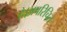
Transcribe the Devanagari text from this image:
है।अपरिचित